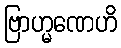
ဗြာဟ္မဏေဟိ